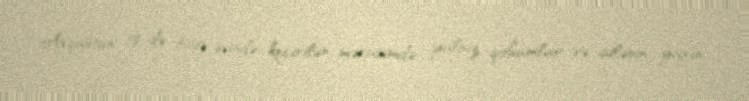
Avqustun 18-də bağ evində keçirilən mərasimdə yalnız qohumlar və ailənin yaxın